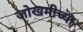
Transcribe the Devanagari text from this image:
जोखमीच्या